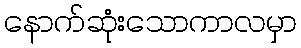
နောက်ဆုံးသောကာလမှာ